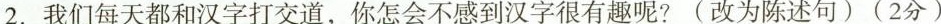
2.我们每天都和汉字打交道，你怎会不感到汉字很有趣呢?(改为陈述句)(2分)